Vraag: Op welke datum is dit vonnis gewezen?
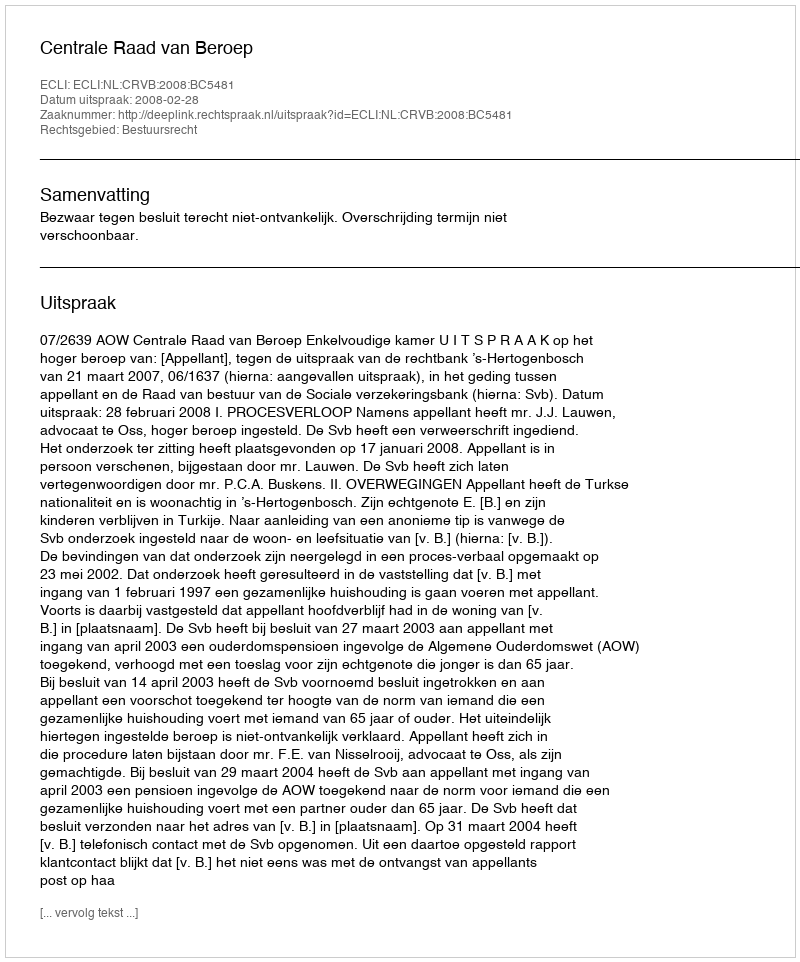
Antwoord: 2008-02-28